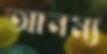
আনম্য